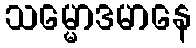
သမ္မောဒမာနေ